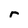
Character: r